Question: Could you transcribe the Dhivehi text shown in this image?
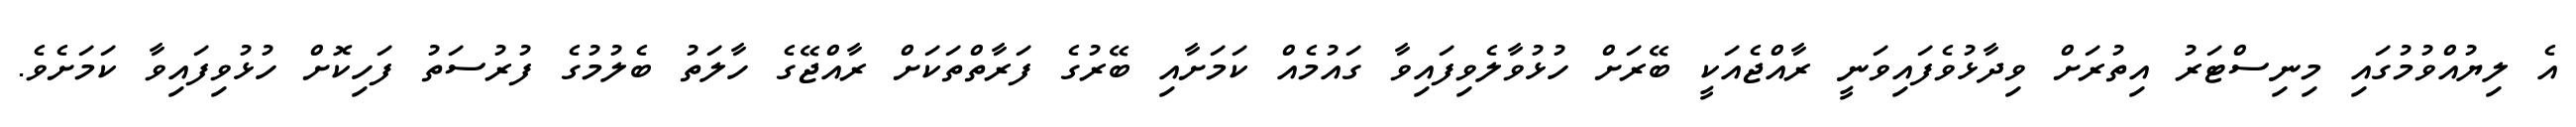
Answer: އެ ލިޔުއްވުމުގައި މިނިސްޓަރު އިތުރަށް ވިދާޅުވެފައިވަނީ ރާއްޖެއަކީ ބޭރަށް ހުޅުވާލެވިފައިވާ ގައުމެއް ކަމަށާއި ބޭރުގެ ފަރާތްތަކަށް ރާއްޖޭގެ ހާލަތު ބެލުމުގެ ފުރުސަތު ފަހިކޮށް ހުޅުވިފައިވާ ކަމަށެވެ.